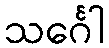
သင်္ဂေါ